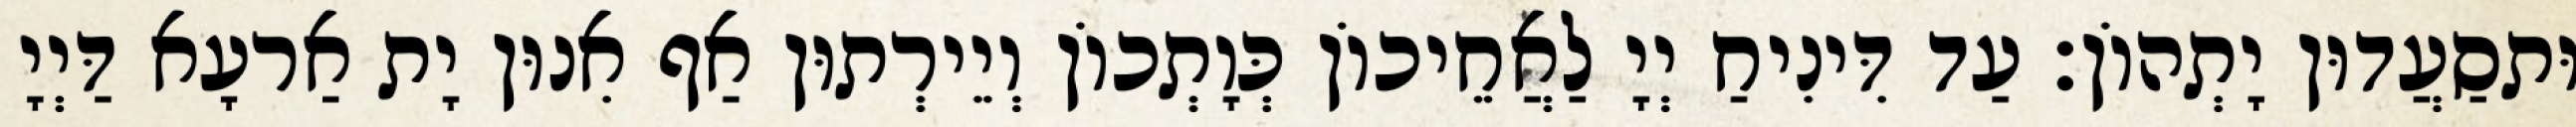
וּתסַעֲדוּן יָתְהוֹן׃ עַד דִּינִיחַ יְיָ לַאֲחֵיכוֹן כְּוָתְכוֹן וְיֵירְתוּן אַף אִנוּן יָת אַרעָא דַּיְיָ